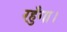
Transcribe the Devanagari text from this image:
रहुँगा।